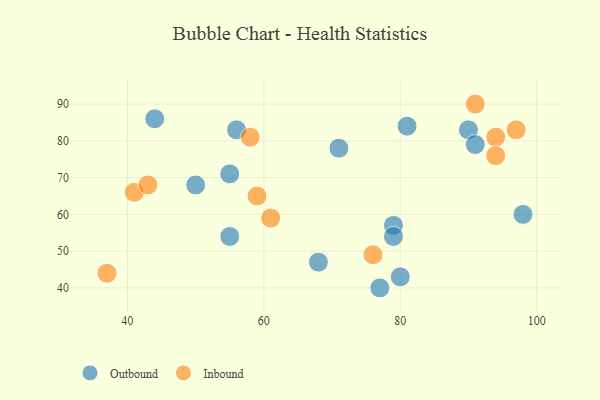
{"axis": {"x": "GDP", "y": "Life Expectancy"}, "legend": ["Inbound", "Outbound"], "data": [{"x": "55", "y": 71, "type": "Outbound"}, {"x": "71", "y": 78, "type": "Outbound"}, {"x": "44", "y": 86, "type": "Outbound"}, {"x": "98", "y": 60, "type": "Outbound"}, {"x": "55", "y": 54, "type": "Outbound"}, {"x": "77", "y": 40, "type": "Outbound"}, {"x": "79", "y": 57, "type": "Outbound"}, {"x": "90", "y": 83, "type": "Outbound"}, {"x": "68", "y": 47, "type": "Outbound"}, {"x": "79", "y": 54, "type": "Outbound"}, {"x": "50", "y": 68, "type": "Outbound"}, {"x": "80", "y": 43, "type": "Outbound"}, {"x": "81", "y": 84, "type": "Outbound"}, {"x": "91", "y": 79, "type": "Outbound"}, {"x": "56", "y": 83, "type": "Outbound"}, {"x": "58", "y": 81, "type": "Inbound"}, {"x": "94", "y": 81, "type": "Inbound"}, {"x": "94", "y": 76, "type": "Inbound"}, {"x": "91", "y": 90, "type": "Inbound"}, {"x": "41", "y": 66, "type": "Inbound"}, {"x": "59", "y": 65, "type": "Inbound"}, {"x": "37", "y": 44, "type": "Inbound"}, {"x": "61", "y": 59, "type": "Inbound"}, {"x": "76", "y": 49, "type": "Inbound"}, {"x": "97", "y": 83, "type": "Inbound"}, {"x": "43", "y": 68, "type": "Inbound"}]}